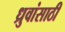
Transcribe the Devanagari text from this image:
ध्रुवांसाठी